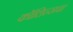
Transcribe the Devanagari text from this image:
कॉलिन्सचा